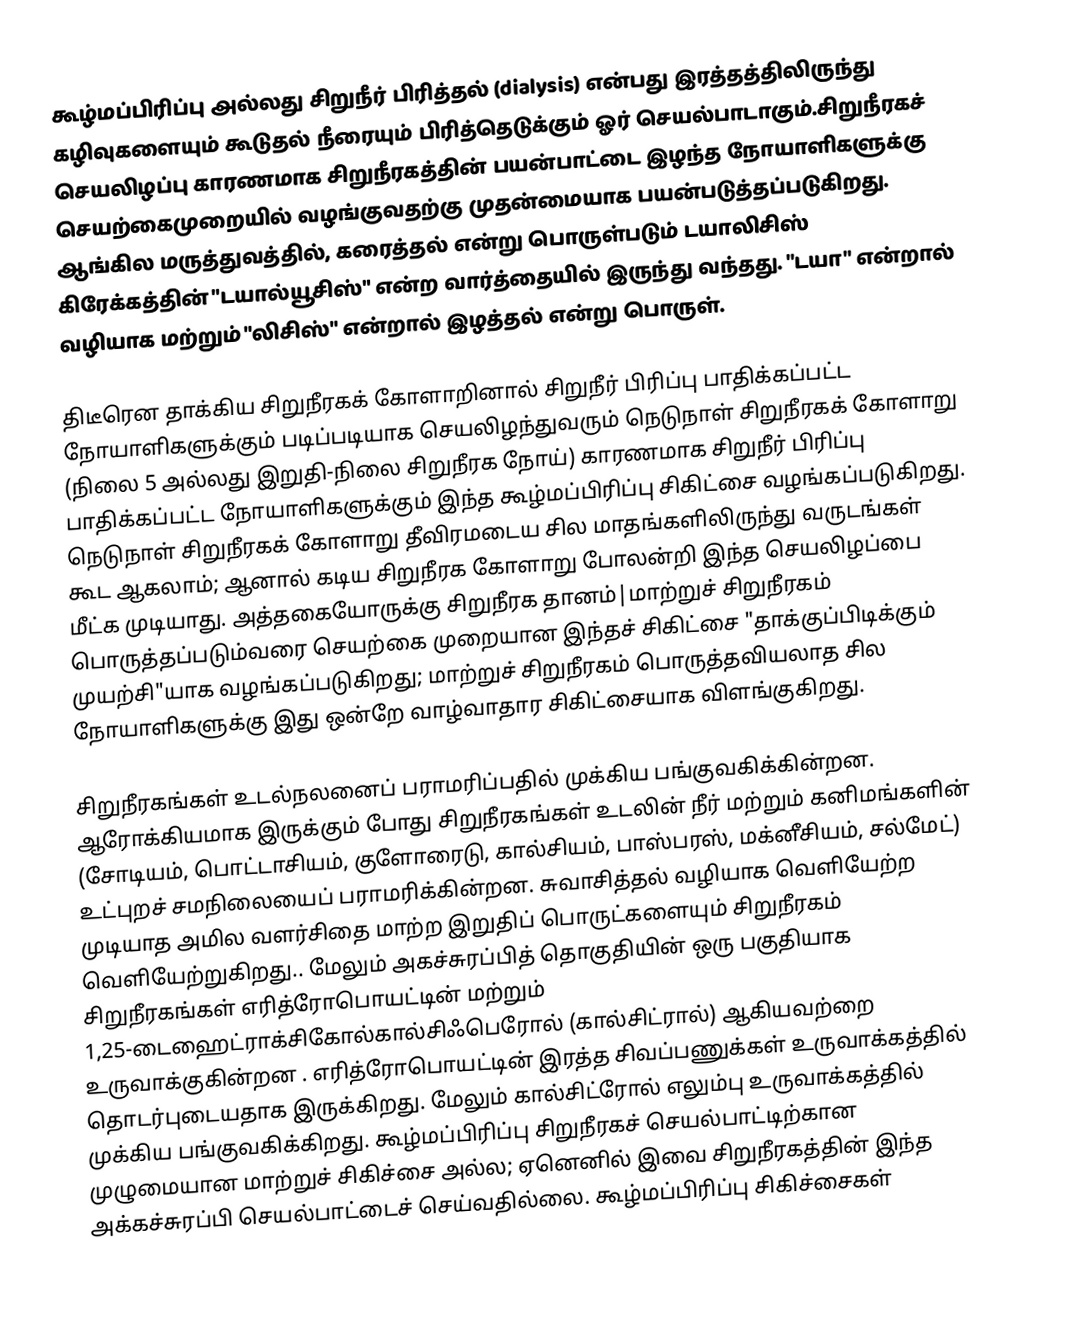
கூழ்மப்பிரிப்பு அல்லது சிறுநீர் பிரித்தல் (dialysis) என்பது இரத்தத்திலிருந்து கழிவுகளையும் கூடுதல் நீரையும் பிரித்தெடுக்கும் ஓர் செயல்பாடாகும்.சிறுநீரகச் செயலிழப்பு காரணமாக சிறுநீரகத்தின் பயன்பாட்டை இழந்த நோயாளிகளுக்கு செயற்கைமுறையில்  வழங்குவதற்கு முதன்மையாக பயன்படுத்தப்படுகிறது. ஆங்கில மருத்துவத்தில், கரைத்தல் என்று பொருள்படும் டயாலிசிஸ் கிரேக்கத்தின் "டயால்யூசிஸ்" என்ற வார்த்தையில் இருந்து வந்தது. "டயா" என்றால் வழியாக மற்றும் "லிசிஸ்" என்றால் இழத்தல் என்று பொருள்.

திடீரென தாக்கிய சிறுநீரகக் கோளாறினால் சிறுநீர் பிரிப்பு பாதிக்கப்பட்ட நோயாளிகளுக்கும் படிப்படியாக செயலிழந்துவரும் நெடுநாள் சிறுநீரகக் கோளாறு (நிலை 5 அல்லது இறுதி-நிலை சிறுநீரக நோய்) காரணமாக  சிறுநீர் பிரிப்பு பாதிக்கப்பட்ட நோயாளிகளுக்கும் இந்த கூழ்மப்பிரிப்பு சிகிட்சை வழங்கப்படுகிறது. நெடுநாள் சிறுநீரகக் கோளாறு தீவிரமடைய சில மாதங்களிலிருந்து வருடங்கள் கூட ஆகலாம்; ஆனால் கடிய சிறுநீரக கோளாறு போலன்றி இந்த செயலிழப்பை மீட்க முடியாது. அத்தகையோருக்கு சிறுநீரக தானம்|மாற்றுச் சிறுநீரகம் பொருத்தப்படும்வரை செயற்கை முறையான இந்தச் சிகிட்சை  "தாக்குப்பிடிக்கும் முயற்சி"யாக வழங்கப்படுகிறது; மாற்றுச் சிறுநீரகம் பொருத்தவியலாத சில நோயாளிகளுக்கு இது ஒன்றே வாழ்வாதார சிகிட்சையாக விளங்குகிறது.

சிறுநீரகங்கள் உடல்நலனைப் பராமரிப்பதில் முக்கிய பங்குவகிக்கின்றன. ஆரோக்கியமாக இருக்கும் போது சிறுநீரகங்கள் உடலின் நீர் மற்றும் கனிமங்களின் (சோடியம், பொட்டாசியம், குளோரைடு, கால்சியம், பாஸ்பரஸ், மக்னீசியம், சல்மேட்) உட்புறச் சமநிலையைப் பராமரிக்கின்றன. சுவாசித்தல் வழியாக வெளியேற்ற முடியாத அமில வளர்சிதை மாற்ற இறுதிப் பொருட்களையும் சிறுநீரகம் வெளியேற்றுகிறது.. மேலும்  அகச்சுரப்பித் தொகுதியின் ஒரு பகுதியாக சிறுநீரகங்கள் எரித்ரோபொயட்டின் மற்றும் 1,25-டைஹைட்ராக்சிகோல்கால்சிஃபெரோல் (கால்சிட்ரால்) ஆகியவற்றை உருவாக்குகின்றன . எரித்ரோபொயட்டின் இரத்த சிவப்பணுக்கள் உருவாக்கத்தில் தொடர்புடையதாக இருக்கிறது. மேலும் கால்சிட்ரோல் எலும்பு உருவாக்கத்தில் முக்கிய பங்குவகிக்கிறது. கூழ்மப்பிரிப்பு சிறுநீரகச் செயல்பாட்டிற்கான முழுமையான மாற்றுச் சிகிச்சை அல்ல; ஏனெனில் இவை சிறுநீரகத்தின் இந்த அக்கச்சுரப்பி செயல்பாட்டைச் செய்வதில்லை. கூழ்மப்பிரிப்பு சிகிச்சைகள்